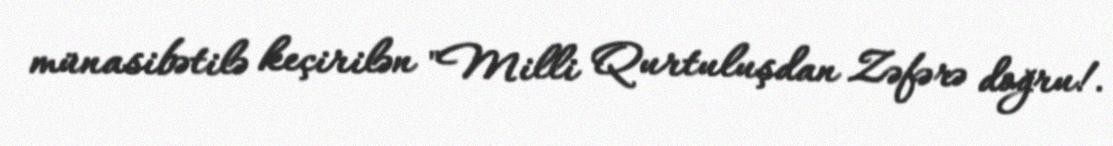
münasibətilə keçirilən "Milli Qurtuluşdan Zəfərə doğru!.